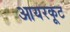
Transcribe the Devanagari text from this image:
आयरकूट